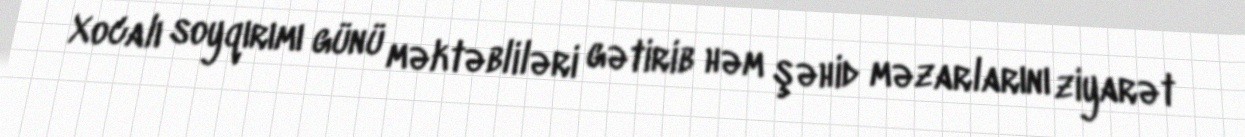
Xocalı soyqırımı günü məktəbliləri gətirib həm şəhid məzarlarını ziyarət